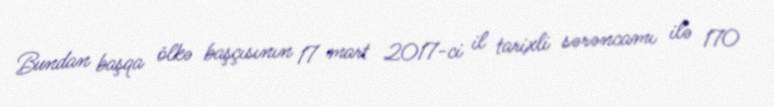
Bundan başqa ölkə başçısının 17 mart 2017-ci il tarixli sərəncamı ilə 170